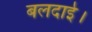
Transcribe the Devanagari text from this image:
बलदाई।